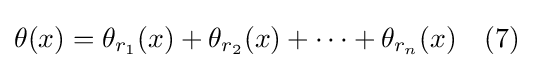
\theta (x)=\theta _{r_{1}}(x)+\theta _{r_{2}}(x)+\cdots +\theta _{r_{n}}(x)\quad (7)